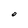
Character: O